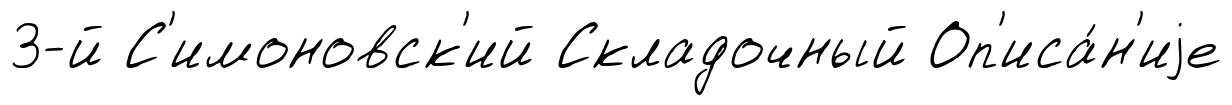
3-й С'имоновск'ий Складочный Оп'иса́н'иjе